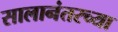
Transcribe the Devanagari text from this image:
सालानंतरच्या